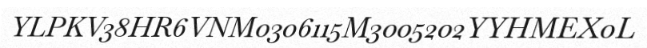
YLPKV38HR6VNM0306115M3005202YYHMEX0L